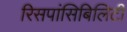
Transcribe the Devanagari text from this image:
रिसपांसिबिलिटी